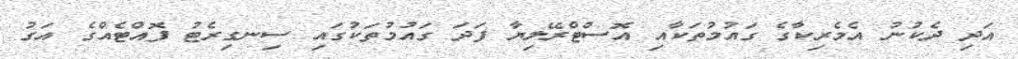
އަދި ދެކުނު އެމެރިކާގެ ގައުމުތަކާއި އޮސްޓްރޭލިޔާ ފަދަ ގައުމުތަކުގައި ސިނގިރެޓު ފޮއްޓެއްގެ އަގު